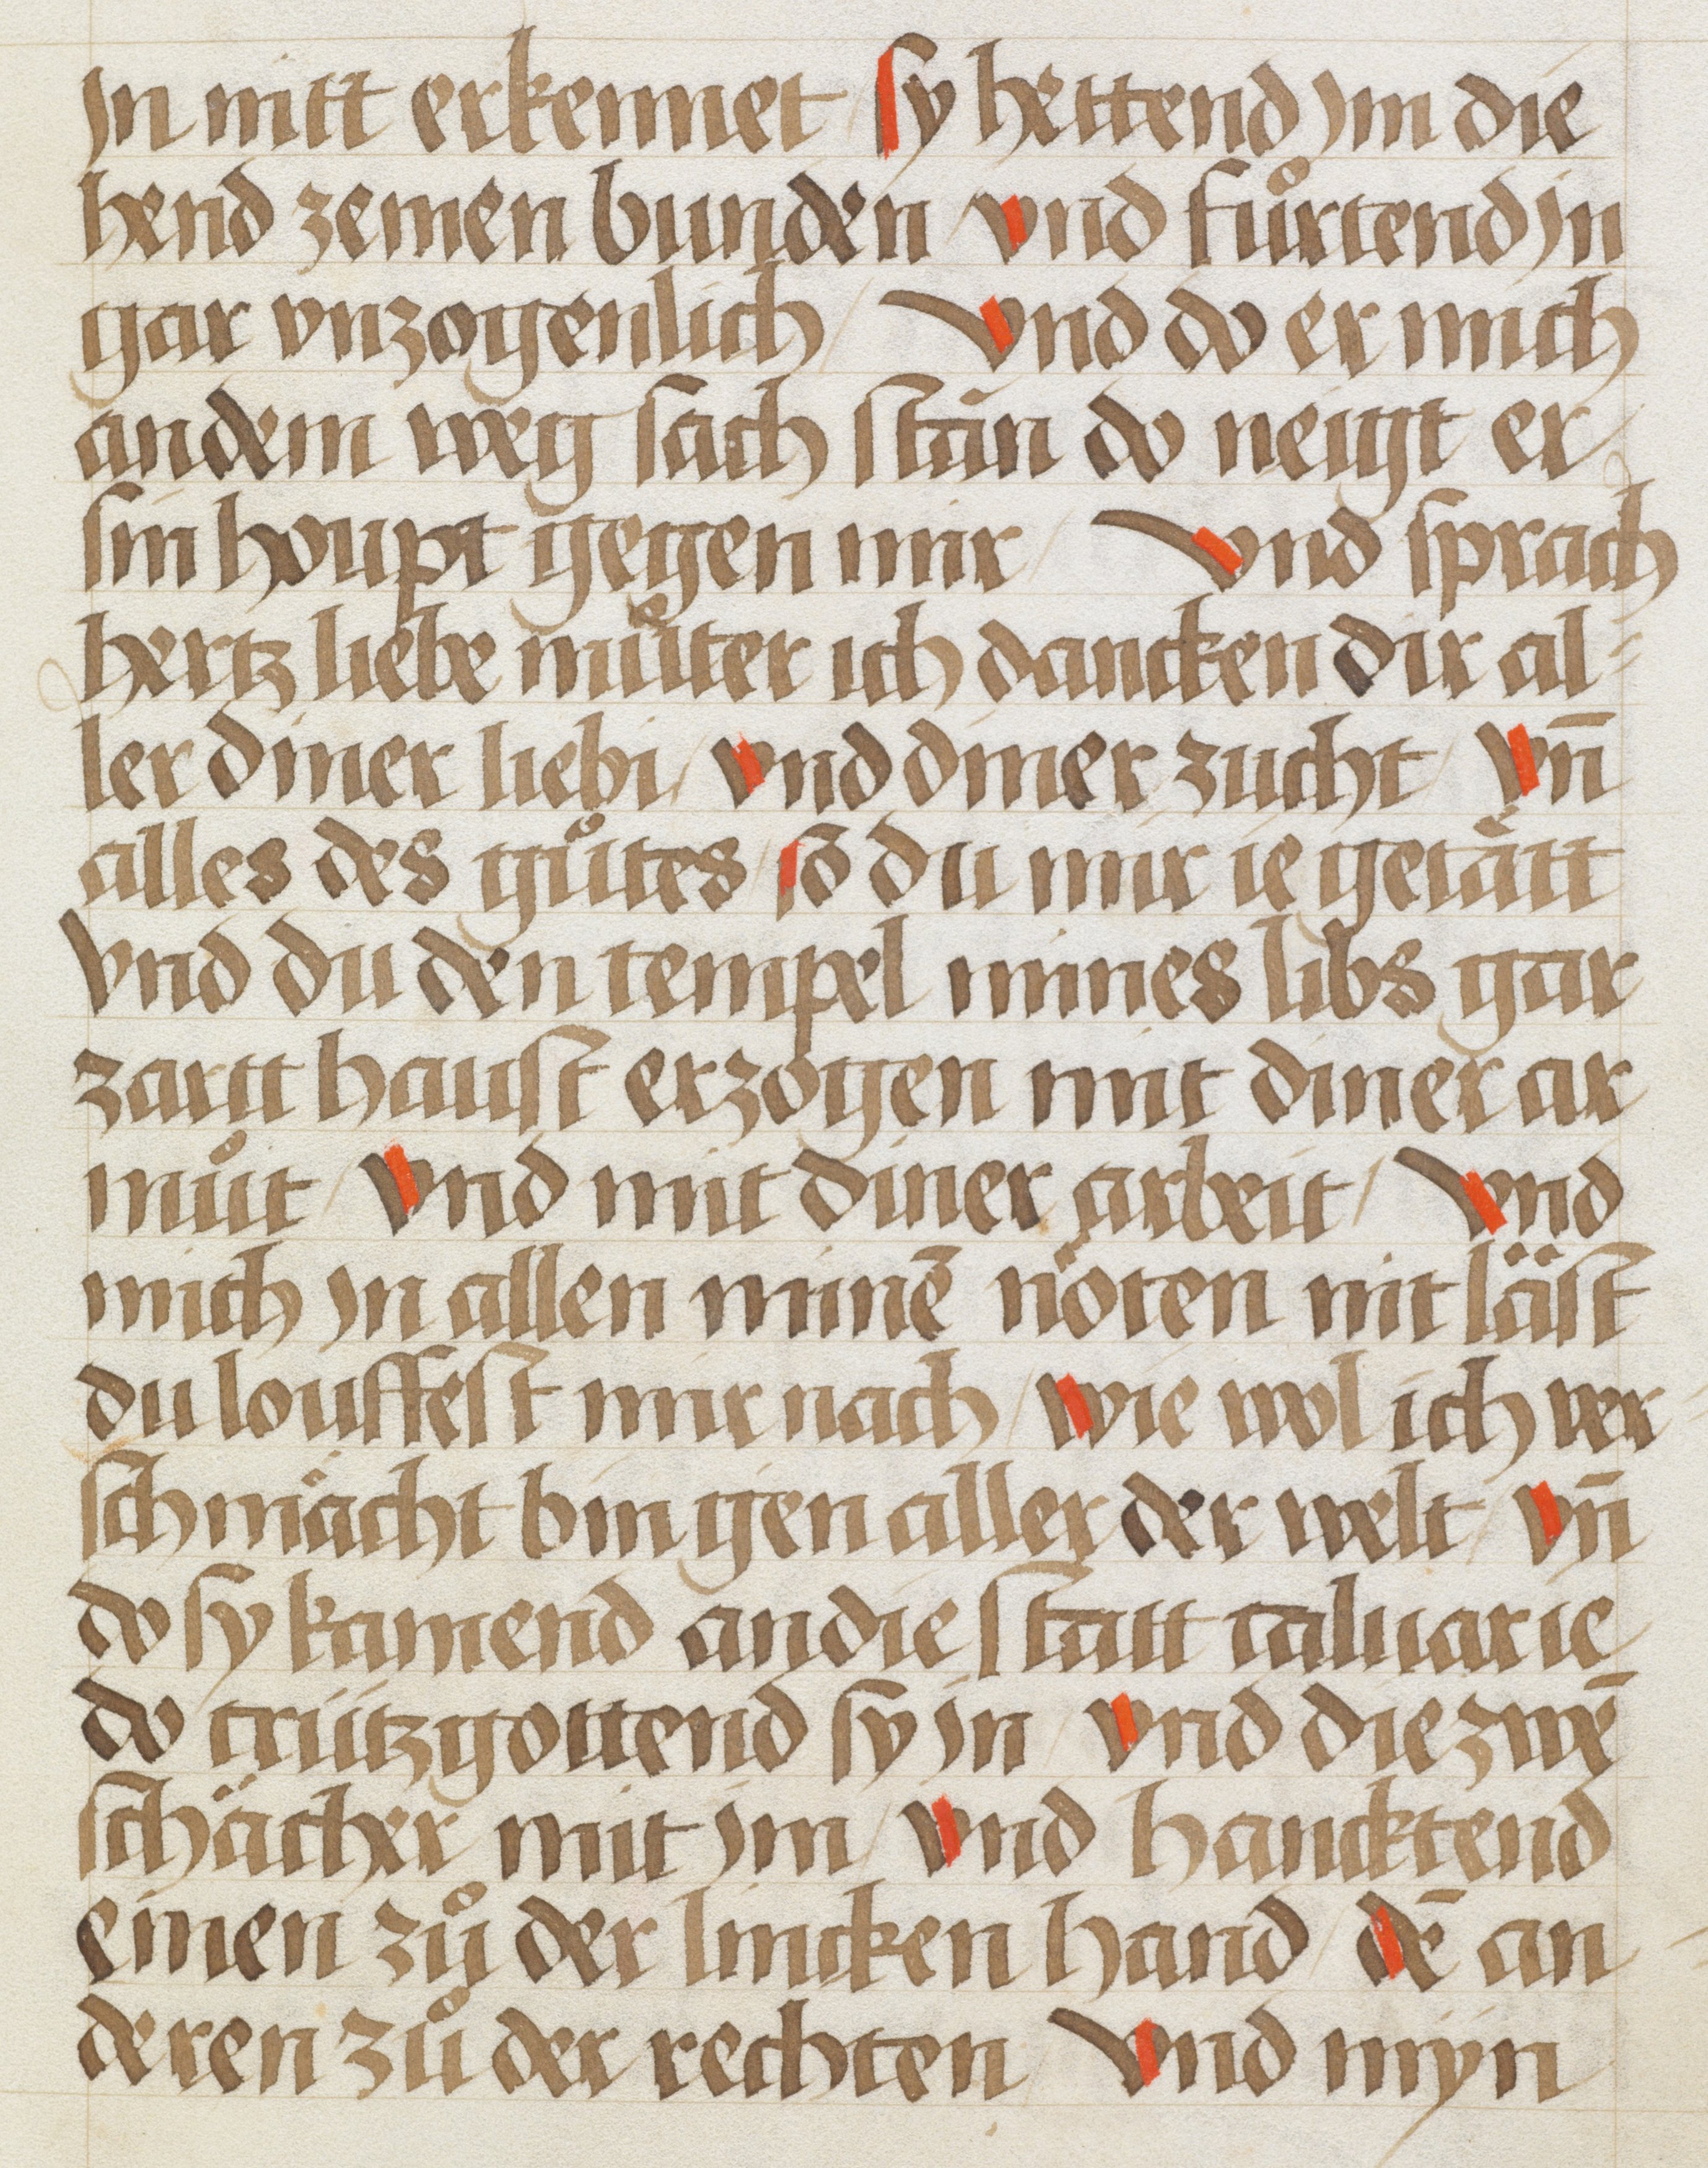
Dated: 1450–1499